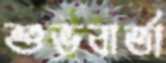
শুভবার্তা